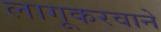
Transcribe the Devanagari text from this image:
लागूकरवाने